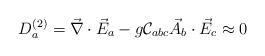
LaTeX: \begin{align*}D_{a}^{(2)} = \vec{\nabla} \cdot \vec{E}_{a} - g {\cal C}_{abc} \vec{A}_{b} \cdot \vec{E}_{c} \approx 0\end{align*}